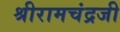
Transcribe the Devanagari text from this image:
श्रीरामचंद्रजी